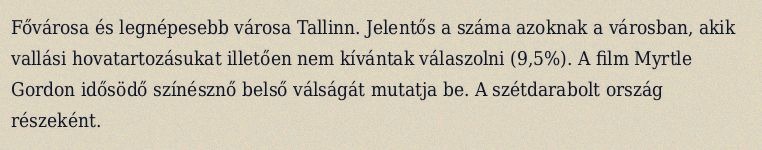
Fővárosa és legnépesebb városa Tallinn. Jelentős a száma azoknak a városban, akik vallási hovatartozásukat illetően nem kívántak válaszolni (9,5%). A film Myrtle Gordon idősödő színésznő belső válságát mutatja be. A szétdarabolt ország részeként.